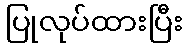
ပြုလုပ်ထားပြီး